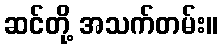
ဆင်တို့ အသက်တမ်း။